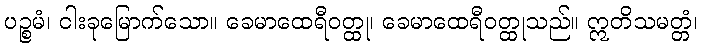
ပဉ္စမံ၊ ငါးခုမြောက်သော။ ခေမာထေရီဝတ္ထု၊ ခေမာထေရီဝတ္ထုသည်။ ဣတိသမတ္တံ၊